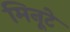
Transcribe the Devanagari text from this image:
मिनूटे